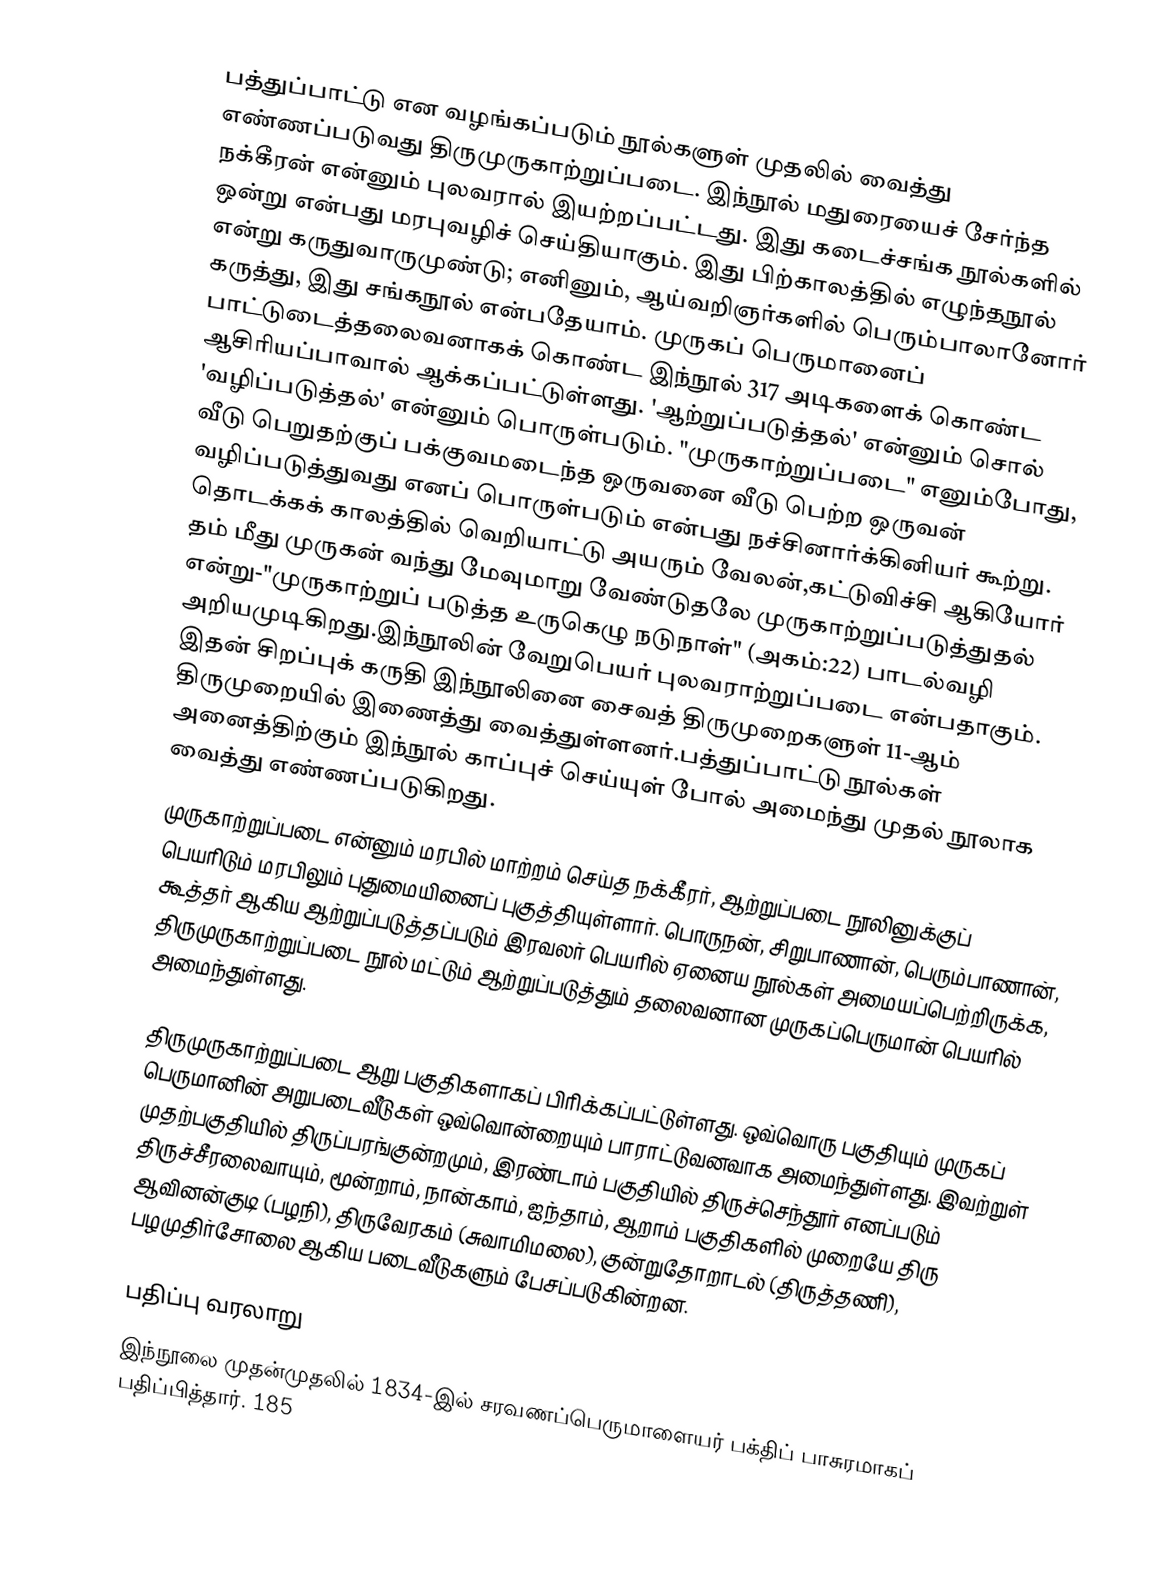
பத்துப்பாட்டு என வழங்கப்படும் நூல்களுள் முதலில் வைத்து எண்ணப்படுவது திருமுருகாற்றுப்படை. இந்நூல்  மதுரையைச் சேர்ந்த நக்கீரன் என்னும் புலவரால்  இயற்றப்பட்டது. இது கடைச்சங்க நூல்களில் ஒன்று என்பது மரபுவழிச் செய்தியாகும். இது பிற்காலத்தில் எழுந்தநூல் என்று கருதுவாருமுண்டு; எனினும், ஆய்வறிஞர்களில் பெரும்பாலானோர் கருத்து, இது சங்கநூல் என்பதேயாம். முருகப் பெருமானைப் பாட்டுடைத்தலைவனாகக் கொண்ட இந்நூல் 317 அடிகளைக் கொண்ட ஆசிரியப்பாவால் ஆக்கப்பட்டுள்ளது. 'ஆற்றுப்படுத்தல்' என்னும் சொல் 'வழிப்படுத்தல்' என்னும் பொருள்படும். "முருகாற்றுப்படை" எனும்போது, வீடு பெறுதற்குப் பக்குவமடைந்த ஒருவனை வீடு பெற்ற ஒருவன் வழிப்படுத்துவது எனப் பொருள்படும் என்பது நச்சினார்க்கினியர் கூற்று. தொடக்கக் காலத்தில் வெறியாட்டு அயரும் வேலன்,கட்டுவிச்சி ஆகியோர் தம் மீது முருகன் வந்து மேவுமாறு வேண்டுதலே முருகாற்றுப்படுத்துதல் என்று-"முருகாற்றுப் படுத்த உருகெழு நடுநாள்" (அகம்:22) பாடல்வழி அறியமுடிகிறது.இந்நூலின் வேறுபெயர் புலவராற்றுப்படை என்பதாகும். இதன் சிறப்புக் கருதி இந்நூலினை சைவத் திருமுறைகளுள் 11-ஆம் திருமுறையில் இணைத்து வைத்துள்ளனர்.பத்துப்பாட்டு நூல்கள் அனைத்திற்கும் இந்நூல் காப்புச் செய்யுள் போல் அமைந்து முதல் நூலாக வைத்து எண்ணப்படுகிறது.
முருகாற்றுப்படை என்னும் மரபில் மாற்றம் செய்த நக்கீரர், ஆற்றுப்படை நூலினுக்குப் பெயரிடும் மரபிலும் புதுமையினைப் புகுத்தியுள்ளார். பொருநன், சிறுபாணான், பெரும்பாணான், கூத்தர் ஆகிய ஆற்றுப்படுத்தப்படும் இரவலர் பெயரில் ஏனைய நூல்கள் அமையப்பெற்றிருக்க, திருமுருகாற்றுப்படை நூல் மட்டும் ஆற்றுப்படுத்தும் தலைவனான முருகப்பெருமான் பெயரில் அமைந்துள்ளது.

திருமுருகாற்றுப்படை ஆறு பகுதிகளாகப் பிரிக்கப்பட்டுள்ளது. ஒவ்வொரு பகுதியும் முருகப் பெருமானின் அறுபடைவீடுகள் ஒவ்வொன்றையும் பாராட்டுவனவாக அமைந்துள்ளது. இவற்றுள் முதற்பகுதியில் திருப்பரங்குன்றமும், இரண்டாம் பகுதியில் திருச்செந்தூர் எனப்படும் திருச்சீரலைவாயும், மூன்றாம், நான்காம், ஐந்தாம், ஆறாம் பகுதிகளில் முறையே திரு ஆவினன்குடி (பழநி), திருவேரகம் (சுவாமிமலை), குன்றுதோறாடல் (திருத்தணி), பழமுதிர்சோலை ஆகிய படைவீடுகளும் பேசப்படுகின்றன.

பதிப்பு வரலாறு
இந்நூலை  முதன்முதலில் 1834-இல் சரவணப்பெருமாளையர் பக்திப் பாசுரமாகப் பதிப்பித்தார். 185